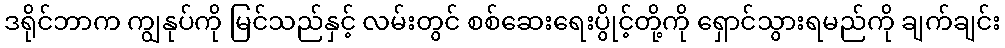
ဒရိုင်ဘာက ကျွနုပ်ကို မြင်သည်နှင့် လမ်းတွင် စစ်ဆေးရေးပွိုင့်တို့ကို ရှောင်သွားရမည်ကို ချက်ချင်း